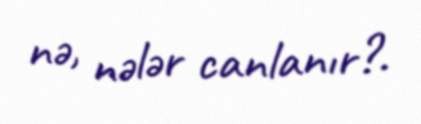
nə, nələr canlanır?.